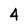
Character: 4